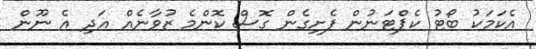
އެކަމަކު ބޯޓު ކެޕްޓަނުން ފެށިގެން ގޮސް ކޮންމެ ޒުވާނެއް އަދި އެ ނޫން